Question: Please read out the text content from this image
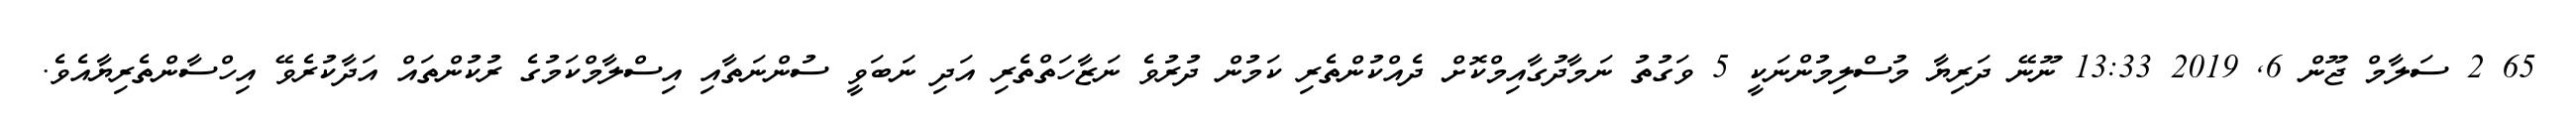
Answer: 65 2 ސަލާމް ޖޫން 6, 2019 13:33 ނޫނޭ ދަރިޔާ މުސްލިމުންނަކީ 5 ވަގުތު ނަމާދުގާއިމްކޮށް ދެއްކުންތެރި ކަމުން ދުރުވެ ނަޒާހަތްތެރި އަދި ނަބަވީ ސުންނަތާއި އިސްލާމްކަމުގެ ރުކުންތައް އަދާކުރެވޭ އިހްސާންތެރިޔާއެވެ.